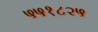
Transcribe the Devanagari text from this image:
५५१८२५